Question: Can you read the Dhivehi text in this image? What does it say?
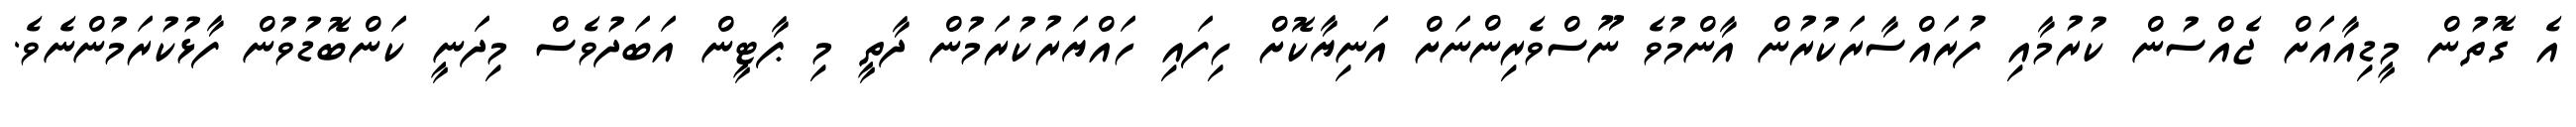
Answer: އެ ގޮތުން މީޑިއާއަށް ޖެއްސުން ކުރުމާއި ފުރައްސާރަކުރުން އާންމުވެ ނޫސްވެރިންނަށް އަނިޔާކޮށް ހިފައި ހައްޔަރުކުރަމުން ދާތީ މި ޕާޓީން އަބަދުވެސް މިދަނީ ކަންބޮޑުވުން ފާޅުކުރަމުންނެވެ.